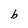
Character: b